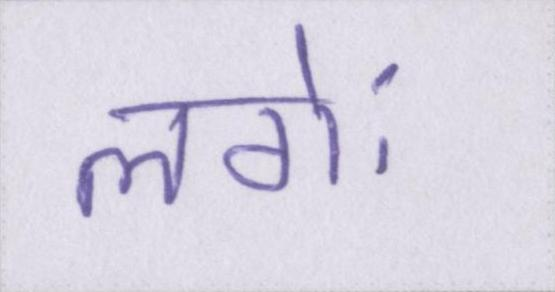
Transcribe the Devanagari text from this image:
लगेः